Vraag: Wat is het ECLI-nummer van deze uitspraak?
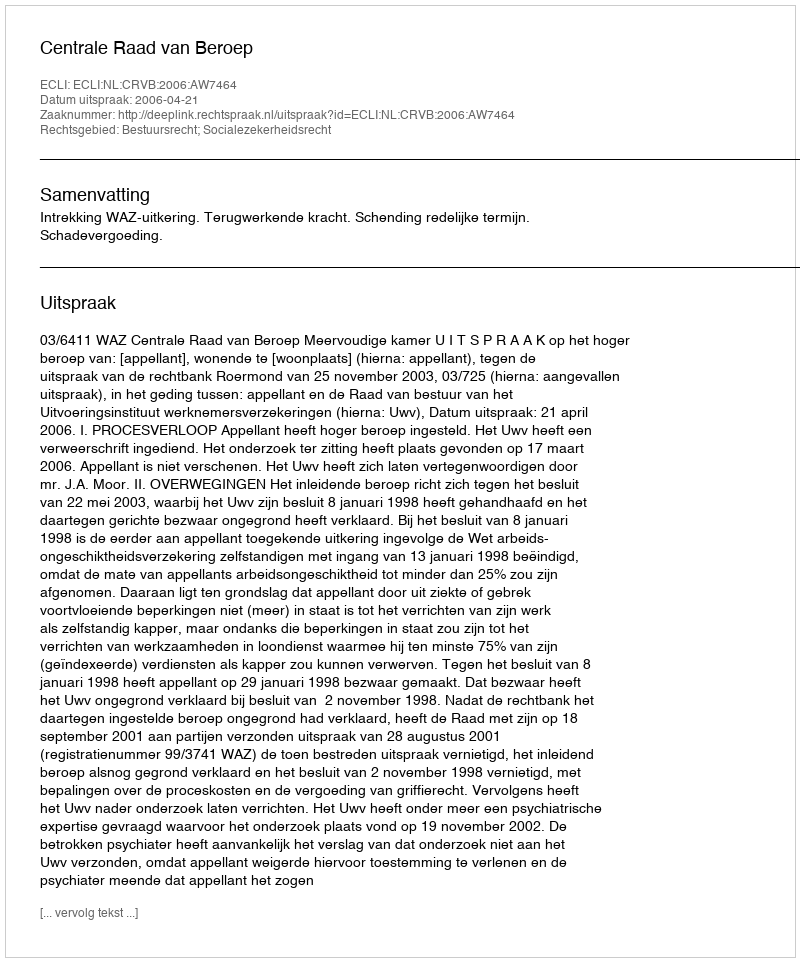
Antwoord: ECLI:NL:CRVB:2006:AW7464